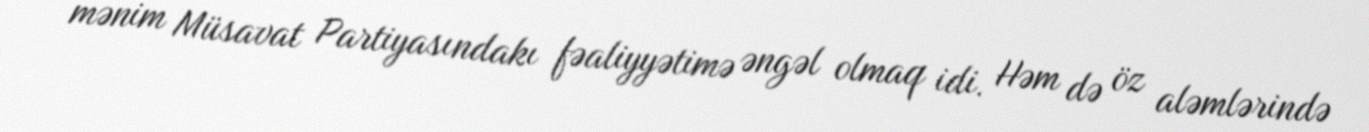
mənim Müsavat Partiyasındakı fəaliyyətimə əngəl olmaq idi. Həm də öz aləmlərində